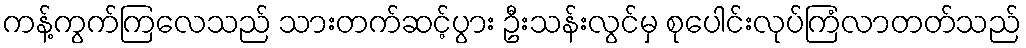
ကန့်ကွက်ကြလေသည် သားတက်ဆင့်ပွား ဦးသန်းလွင်မှ စုပေါင်းလုပ်ကြံလာတတ်သည်